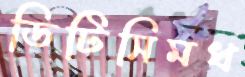
ডিটিসিমধ